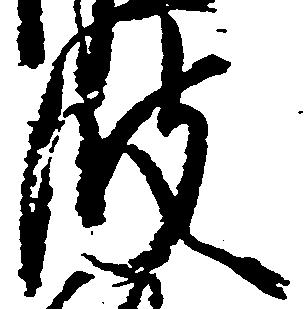
波